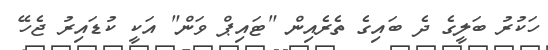
ހަކުރު ބަލީގެ ދެ ބައިގެ ތެރެއިން "ޓައިޕް ވަން" އަކީ ކުޑައިރު ޖެހޭ